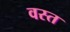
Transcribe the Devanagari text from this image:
वस्त